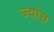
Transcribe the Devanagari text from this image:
ज्यांस